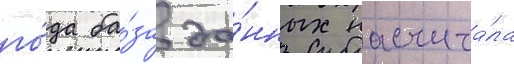
го́да ба́за да́нных насчита́ла